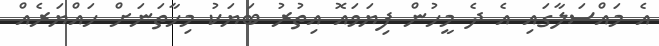
އެ މައްސަލާގައި އެ ދެ މީހުން ފިޔަވައޮ އިތުރު ބަޔަކު މިހާތަނަށް ހައްޔަރެއް